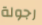
رجولة